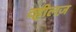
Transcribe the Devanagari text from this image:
व्हीलज़